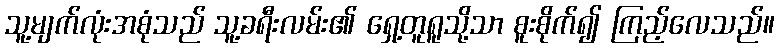
သူ့မျက်လုံးအစုံသည် သူ့ခရီးလမ်း၏ ရှေ့တူရူသို့သာ စူးစိုက်၍ ကြည့်လေသည်။